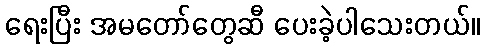
ရေးပြီး အမတော်တွေဆီ ပေးခဲ့ပါသေးတယ်။